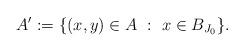
LaTeX: \begin{align*}A' := \{ (x,y) \in A \ : \ x \in B_{J_0} \}.\end{align*}